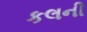
કલની